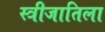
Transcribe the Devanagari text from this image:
स्त्रीजातिला